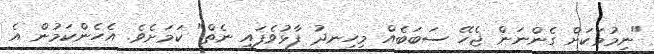
"ނިމުމަކަށް ގެންނަން ޖެހޭ ސަބަބެއް މިހިނދު ފާޅުވެފައި ނެތް" ކަމަށެވެ. އެހެންކަމުން އެ